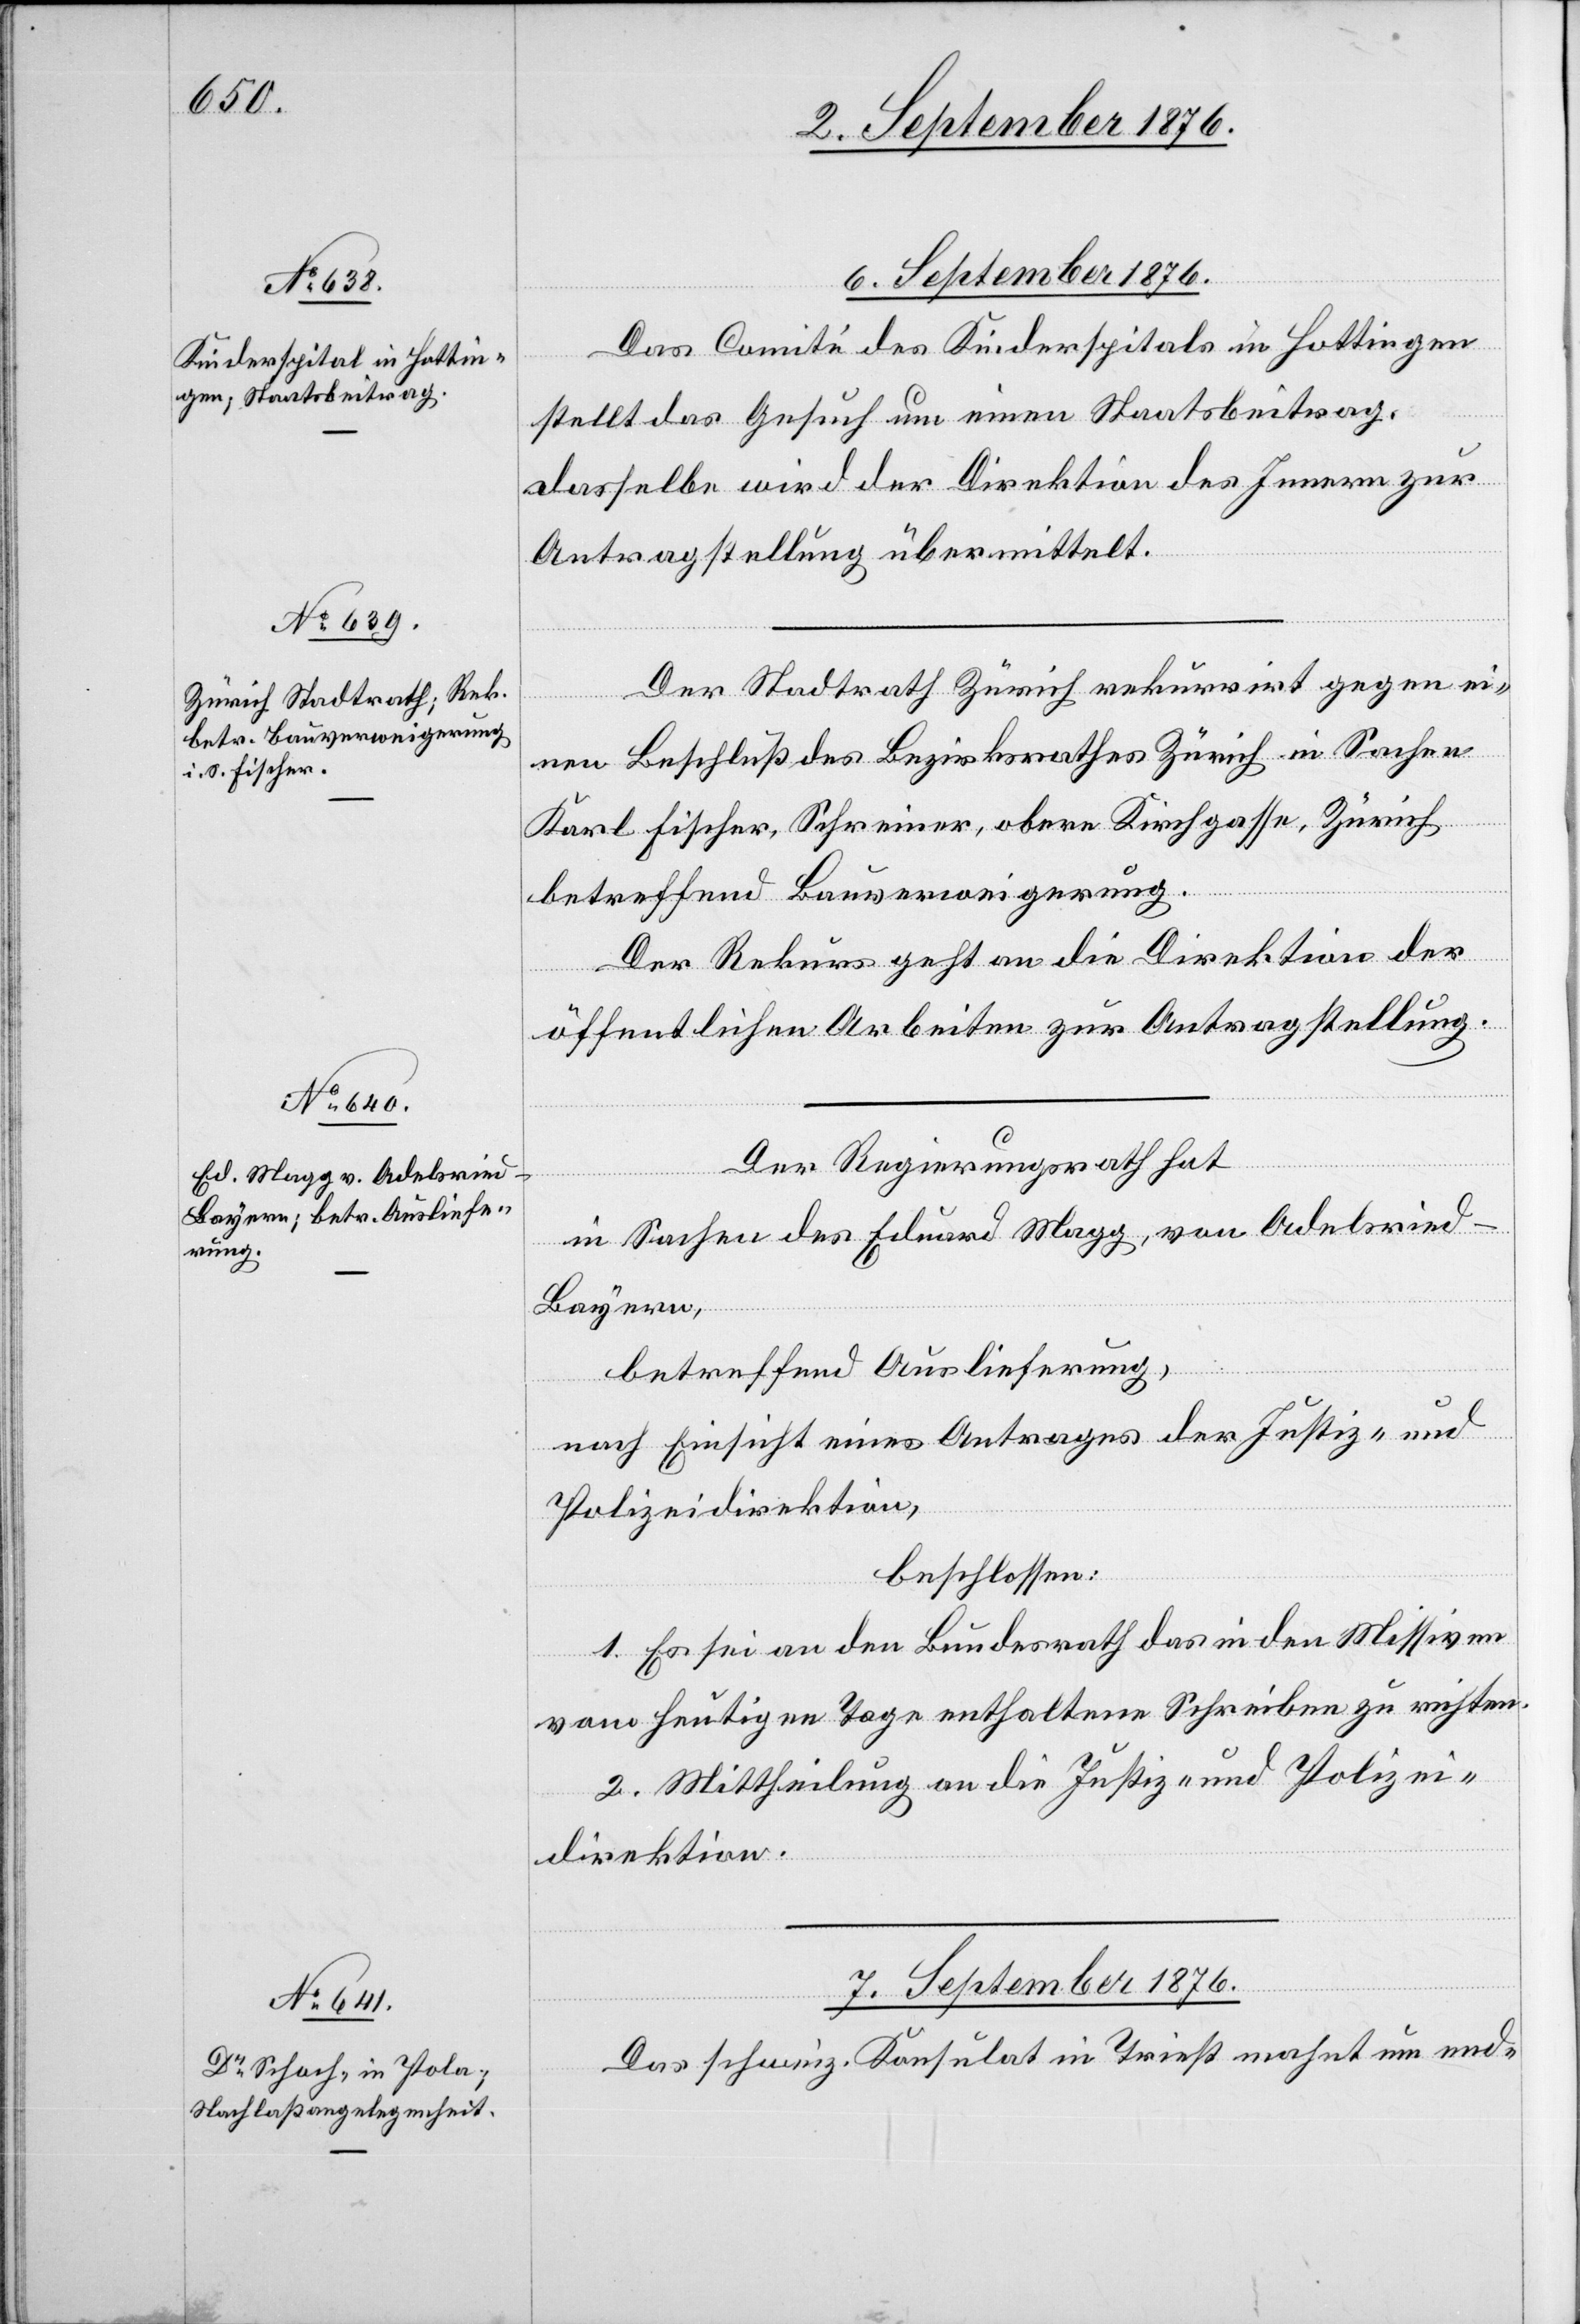
6. September 1876.]
Das Comité des Kinderspitals in Hottingen
stellt das Gesuch um einen Staatsbeitrag.
Dasselbe wird der Direktion des Innern zur
Antragstellung übermittelt.
Der Stadtrath Zürich rekurrirt gegen ei¬
1.
nen Beschluß des Bezirksrathes Zürich in Sachen
Karl Fischer, Schreiber, obere Kirchgasse, Zürich,
betreffend Bauverweigerung.
Der Rekurs geht an die Direktion der
öffentlichen Arbeiten zur Antragstellung.
Der Regierungsrath hat
in Sachen des Eduard Magg, von Adelsried -
Bayern,
richten.
betreffend Auslieferung,
nach Einsicht eines Antrages der Justiz- und
Polizeidirektion,
beschlossen:
vom heutigen Tage enthaltene Zuschrift an den Bun¬
2. Mittheilung an die Justiz- und Polizei¬
direktion.
7. September 1876.
in den
Das schweiz. Konsulat in Triest mahnt um end-